Insane asylums in Bengal annual reports 1876-1887 - 1876-1887
Year: 1876
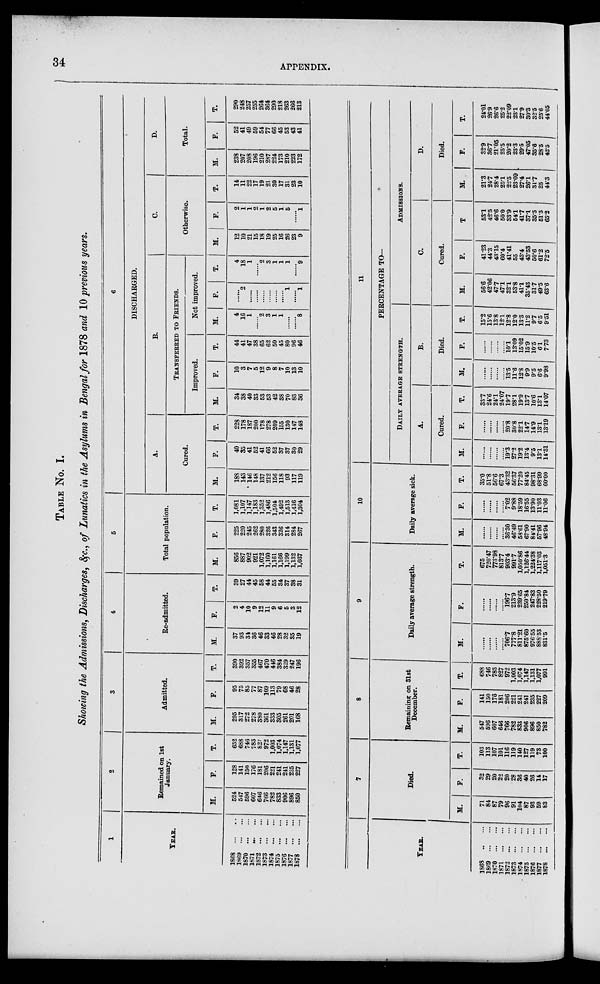
34
APPENDIX.
TABLE NO. I.
Showing the Admissions, Discharges, &c.,of Lunatics in the Asylums in Bengal for 1878 and 10 previous years.
1
YEAR.
1868 ... ...
1869 ... ...
1870 ... ...
1871 ... ...
1872 ... ...
1873 ... ...
1874 ... ...
1875 ... ...
1876 ... ...
1877 ... ...
1878 ... ...
2
Remained on 1st
January.
M.
524
547
596
607
646
766
782
833
906
896
850
F.
128
141
150
176
181
206
221
241
241
235
227
T.
652
688
746
783
827
972
1,003
1,074
1,147
1,131
1,077
3
Admitted.
M.
295
317
272
278
380
361
333
305
261
201
168
F.
95
75
85
77
87
109
113
79
68
46
28
T.
390
392
357
355
467
470
446
384
329
247
196
4
Re-admitted.
M.
37
93
34
36
46
33
46
28
32
35
19
F.
2
4
10
9
12
11
9
6
5
3
12
T.
39
27
44
45
58
44
55
34
37
38
31
5
Total population.
M.
856
887
902
921
1,072
1,160
1,161
1,166
1,199
1,132
1,037
F.
225
220
245
262
280
326
343
326
314
284
267
T.
1,081
1,107
1,147
1,183
1,352
1 486
1,504
1,492
1,513
1,416
1,304
6
DISCHARGED.
A.
Cured.
M.
188
143
146
148
137
212
156
118
93
117
119
F.
40
35
41
52
41
66
52
37
37
30
29
T.
228
178
187
200
178
278
209
155
130
147
148
B.
TRANSFERRED TO FRIENDS.
Improved.
M.
34
38
40
33
53
53
42
38
70
83
36
F.
10
3
7
5
12
9
8
7
10
13
10
T.
44
41
47
38
65
62
50
45
80
96
46
Not improved.
M.
4
16
1
...... 2
3
1
1
......
...... 8
F.
......
2
......
......
......
......
......
...... 1
...... 1
T.
4
18
1
...... 2
3
1
1
1
...... 9
C.
Otherwise.
M.
12
10
21
15
18
19
25
16
26
23
9
F.
2
1
1
2
1
2
5
1
5
...... 1
T.
14
11
22
17
19
21
30
17
31
23
10
D.
Total.
M.
238
207
208
196
210
287
224
173
210
223
172
F.
52
41
49
59
54
77
66
45
53
43
41
T.
290
248
257
255
264
364
290
218
263
266
213
7
YEAR.
1868
..
...
1869 ... ...
1870 ... ...
1871 ... ...
1872 ... ...
1873 ... ...
1874 ... ...
1875 ... ...
1876 ... ...
1877 ... ...
1878 ... ...
Died.
M.
71
84
87
79
96
91
104
87
93
59
83
F.
32
29
20
22
20
28
36
40
26
14
17
T.
103
113
107
101
116
119
140
127
119
73
100
8
Remaining on 31st
December.
M.
547
596
607
646
766
782
833
906
896
850
782
F.
141
150
176
181
206
221
241
241
235
227
209
T.
688
746
783
827
972
1,003
1,074
1,147
1,131
1,077
991
9
Daily average strength.
M.
......
......
......
...... 706.7
777.8
811.21
875.60
976.55
888.53
831.5
F.
......
......
......
...... 196.7
213.9
239.65
250.84
247.83
228.50
219.79
T.
675
720.47
773.98
813.7
903.4
991.7
1,050.86
1,126.44
1,224.38
1,117.03
1,051.3
10
Daily average sick.
M.
......
......
......
...... 3630
46.49
58.61
67.90
84.41
57.96
48.94
F.
......
......
......
...... 7.02
9.88
18.59
16.55
13.90
11.03
11.06
T.
35.0
51.8
56.6
67.3
43.32
56.37
77.20
84.45
98.31
68.99
60.00
11
PERCENTAGE TO—
DAILY AVERAGE STRENGTH.
A.
Cured.
M.
......
......
......
...... 19.3
27.2
192
13.4
9.5
13.1
14.31
F.
......
......
......
...... 20.8
30.8
22.1
14.7
14.9
13.1
13.19
T.
33.7
24.6
24.1
24.07
19.7
28.1
19.9
13.7
10.6
13.1
14.07
B.
Died.
M.
......
......
......
...... 13.5
11.6
12.8
9.9
9.5
6.6
9.98
F.
......
......
......
...... 10.1
13.09
15.02
15.9
10.5
6.1
7.73
T.
15.2
15.6
13.8
12.1
12.8
12.0
13.3
11.2
9.7
6.5
9.51
ADMISSIONS.
C.
Cured.
M.
56.6
42.06
47.7
47.1
32.1
53.8
41.1
35.43
31.7
49.5
63.6
F.
41.23
44.3
43.15
60.4
41.41
55
43.4
43.53
50.6
61.2
72.5
T.
53.1
42.5
46.6
50.0
33.9
54.1
41.7
37.1
35.5
51.5
65.2
D.
Died.
M.
21.3
24.7
28.4
25.1
22.5
23.09
27.4
26.1
31.7
25
44.3
F.
32.9
36.7
21.05
25.5
20.2
23.3
29.5
47.05
35.6
28.5
42.5
T.
24.01
26.9
26.6
25.2
22.09
23.1
27.9
30.3
32.5
25.6
44.05